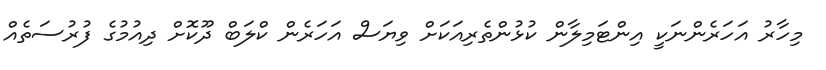
މިހާރު އަހަރެންނަކީ އިންޓަމިލާން ކުޅުންތެރިއަކަށް ވިޔަސް އަހަރެން ކްލަބް ދޫކޮށް ދިއުމުގެ ފުރުސަތެއް